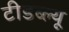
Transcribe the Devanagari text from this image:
टीडब्‍ल्‍यू